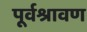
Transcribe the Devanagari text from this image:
पूर्वश्रावण